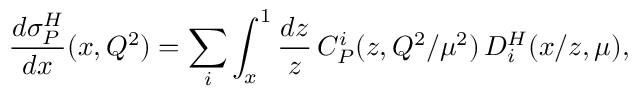
\frac { d \sigma _ { P } ^ { H } } { d x } ( x , Q ^ { 2 } ) = \sum _ { i } \int _ { x } ^ { 1 } \frac { d z } { z } \, C _ { P } ^ { i } ( z , Q ^ { 2 } / \mu ^ { 2 } ) \, D _ { i } ^ { H } ( x / z , \mu ) ,